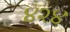
૪૨૪